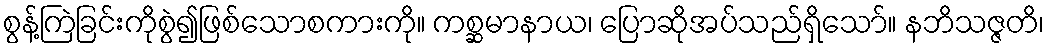
စွန့်ကြဲခြင်းကိုစွဲ၍ဖြစ်သောစကားကို။ ကစ္ဆမာနာယ၊ ပြောဆိုအပ်သည်ရှိသော်။ နဘိသဇ္ဇတိ၊